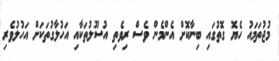
މުޖުތަމައު ހެޔޮ ގޮތުގައި ބިނާކޮށް އެންމެން ވެސް ރިވެތި އުސޫލުތަކާއި އަހުލާގުތަކަށް އަހުލުވެރި